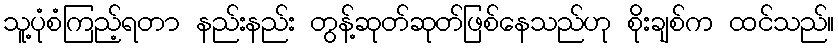
သူ့ပုံစံကြည့်ရတာ နည်းနည်း တွန့်ဆုတ်ဆုတ်ဖြစ်နေသည်ဟု စိုးချစ်က ထင်သည်။